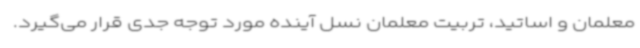
معلمان و اساتید، تربیت معلمان نسل آینده مورد توجه جدی قرار می‌گیرد.